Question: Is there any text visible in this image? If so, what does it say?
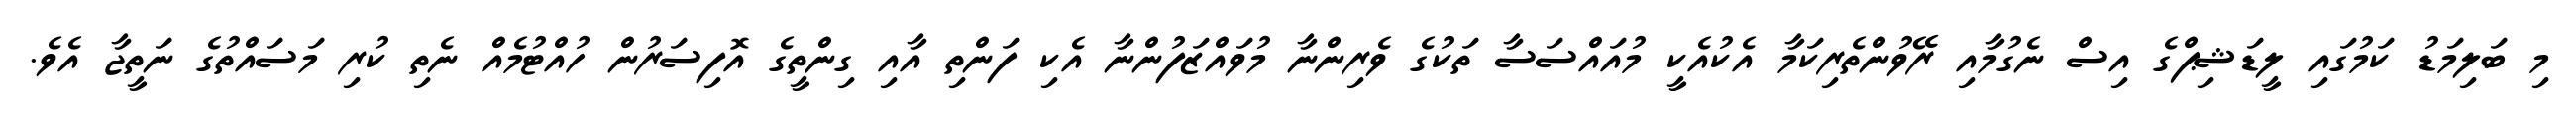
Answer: މި ބަލިމަޑު ކަމުގައި ލީޑަޝިޕްގެ އިސް ނެގުމާއި ރޭވުންތެރިކަމާ އެކުއެކީ މުއައްސަސާ ތަކުގެ ވެރިންނާ މުވައްޒަފުންނާ އެކި ފަންތި އާއި ގިންތީގެ އޮފިސަރުން ހުއްޓުމެއް ނެތި ކުރި މަސައްތުގެ ނަތީޖާ އެވެ.